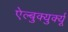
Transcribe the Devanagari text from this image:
ऐल्बुक्युर्क्यू